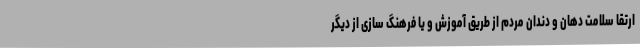
ارتقا سلامت دهان و دندان مردم از طریق آموزش و یا فرهنگ سازی از دیگر